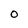
Character: O